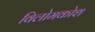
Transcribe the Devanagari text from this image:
विलोमकोश